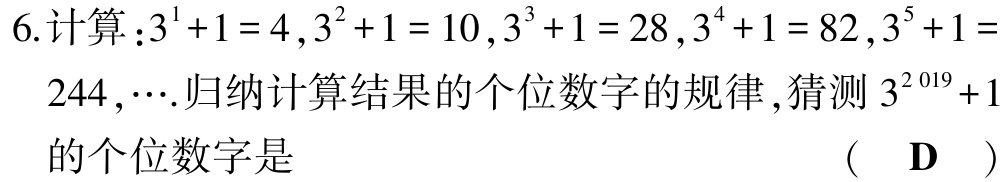
6.计算：\(3^{1}+1 = 4,3^{2}+1 = 10,3^{3}+1 = 28,3^{4}+1 = 82,3^{5}+1 = 244,\cdots\).归纳计算结果的个位数字的规律，猜测\(3^{2019}+1\)的个位数字是 （ D ）